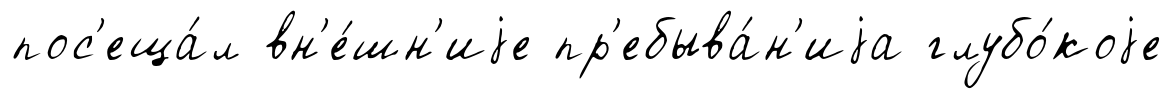
пос'еща́л вн'е́шн'иjе пр'ебыва́н'иjа глубо́коjе